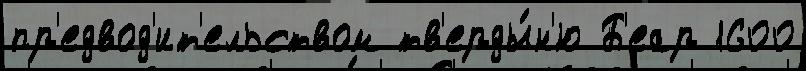
пр'едвод'ит'ельством тв'ерды́н'ю Б'еар 1600